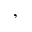
,